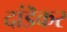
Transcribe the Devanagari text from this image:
दांडॆकर